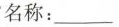
名称：___